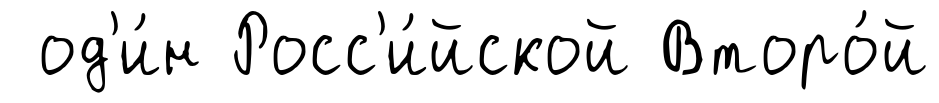
од'и́н Росс'и́йской Второ́й